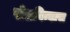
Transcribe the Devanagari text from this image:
खेलविन्यास